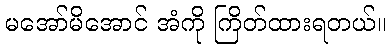
မအော်မိအောင် အံကို ကြိတ်ထားရတယ်။